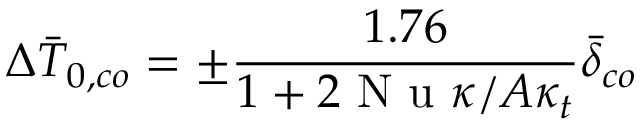
\Delta \bar { T } _ { 0 , c o } = \pm \frac { 1 . 7 6 } { 1 + 2 \mathrm { ~ N ~ u ~ } \kappa / A \kappa _ { t } } \bar { \delta } _ { c o } \